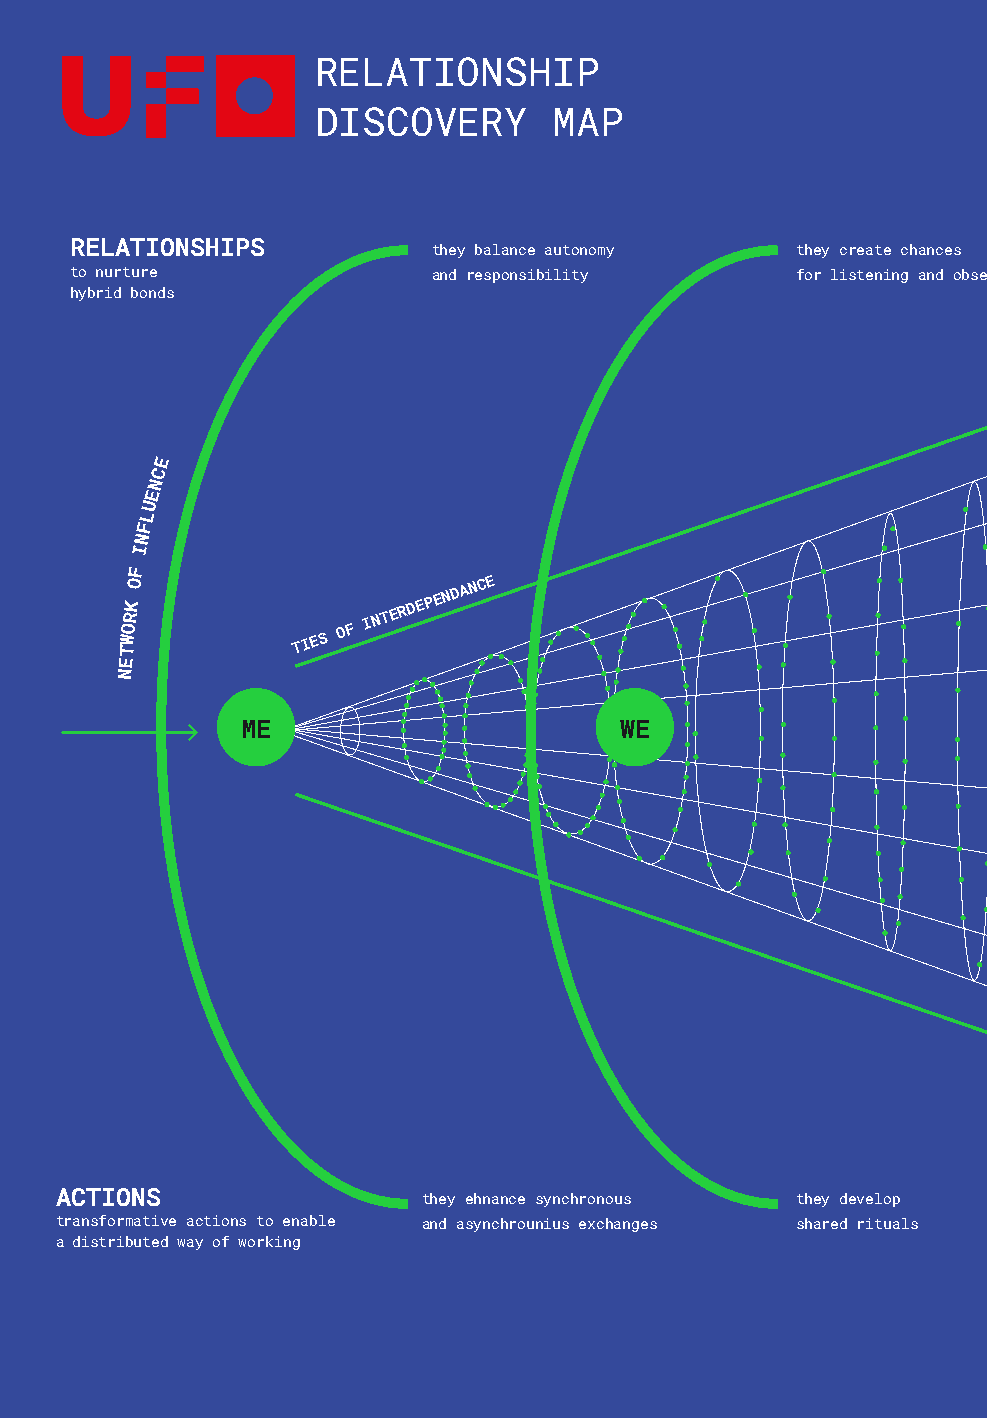
30       weconomy RELATIONSHIP            milan 45°27′50.98″N 9°11′25.21″E
 DISCOVERY       MAP
 RELATIONSHIPS           they balance autonomy   they create chances            they strengthen
 to nurture              and responsibility      for listening and observing    ties both inside and
 hybrid bonds
 outside the orgranization
 E
 C
 N
 E                                                                             OTHER COMPANIES
 U
 L
 F
 N
 I                                                                               HEADQUARTER
 F
 TWORK
 O
 TIES
 OF
 INTERDEPENDANCE
 TERRITORIES
 E
 N
 SUPER
 ME                       WE
 WE
 ENVIRONMENT
 NEIGHBORHOOD
 HUB
 ACTIONS                 they ehnance synchronous they develop                   they nurture culture and
 transformative actions to enable and asynchrounius exchanges shared rituals     sense of belonging
 a distributed way of working
 RITUALS   ME      WE               SUPER WE
 ME+ME+ME              WE+WE+WE